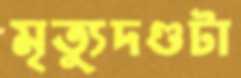
মৃত্যুদণ্ডটা